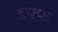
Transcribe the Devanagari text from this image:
डफ्फ